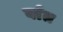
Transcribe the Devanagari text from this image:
र्वात